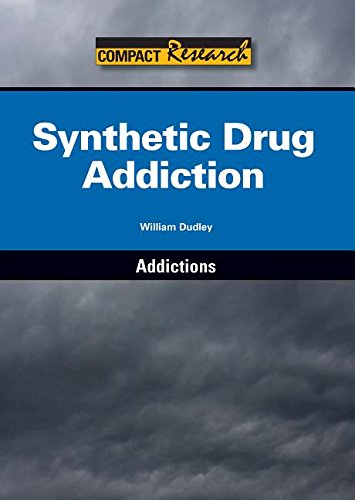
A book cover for Synthetic Drug Addiction (Compact Research: Addictions); William Dudley; Teen & Young Adult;